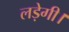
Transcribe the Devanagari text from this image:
लड़ेगी।